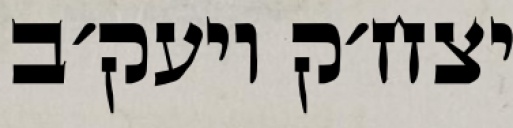
יצח׳ק ויעק׳ב